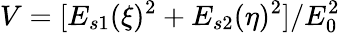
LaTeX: V=[E_{s1}(\xi)^{2}+E_{s2}(\eta)^{2}]/E_{0}^{2}